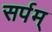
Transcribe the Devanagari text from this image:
सर्पम्